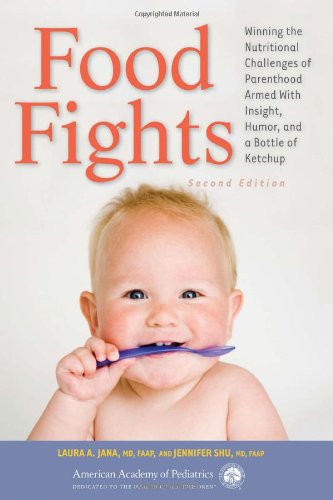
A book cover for Food Fights: Winning the Nutritional Challenges of Parenthood Armed With Insight, Humor, and a Bottle of Ketchup; Laura A. Jana; Humor & Entertainment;